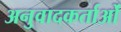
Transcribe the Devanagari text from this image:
अनुवादकर्ताओं